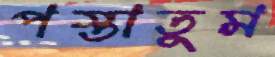
পস্তাতুম